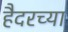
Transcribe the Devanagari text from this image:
हैदरच्या